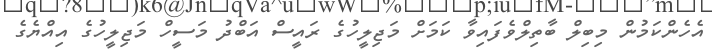
އެހެންކަމުން މިބިލް ބާތިލްވެފައިވާ ކަމަށް މަޖިލީހުގެ ރައީސް އަބްދު މަސީހް މަޖިލީހުގެ އިއްޔެގެ